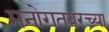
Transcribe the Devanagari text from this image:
मनोगतवरच्या